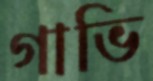
গাভি